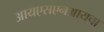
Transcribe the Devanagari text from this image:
आयएसएनआयचा